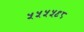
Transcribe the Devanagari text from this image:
५५५५९८